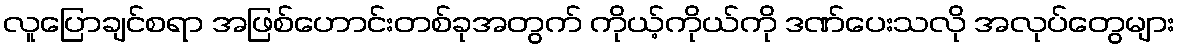
လူပြောချင်စရာ အဖြစ်ဟောင်းတစ်ခုအတွက် ကိုယ့်ကိုယ်ကို ဒဏ်ပေးသလို အလုပ်တွေများ